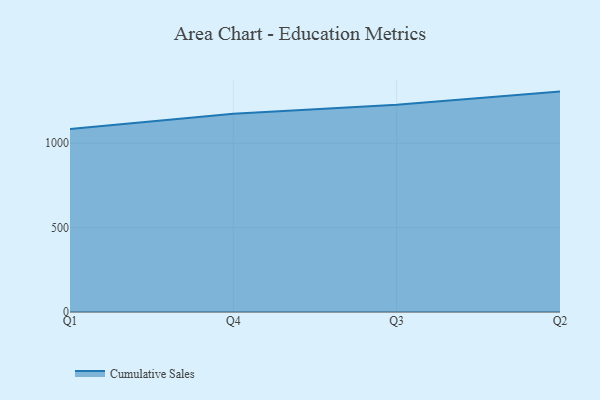
{"axis": {"x": "Quarter", "y": "Customer Acquisition Cost (USD)"}, "legend": ["Cumulative Sales"], "data": [{"x": "Q1", "y": 1084.0, "type": "Cumulative Sales"}, {"x": "Q4", "y": 1174.5, "type": "Cumulative Sales"}, {"x": "Q3", "y": 1228.5, "type": "Cumulative Sales"}, {"x": "Q2", "y": 1306.0, "type": "Cumulative Sales"}]}